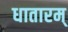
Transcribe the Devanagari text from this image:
धातारम्